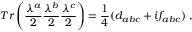
T r \left( { \frac { \lambda ^ { a } } { 2 } } { \frac { \lambda ^ { b } } { 2 } } { \frac { \lambda ^ { c } } { 2 } } \right) = { \frac { 1 } { 4 } } ( d _ { a b c } + i f _ { a b c } ) \; ,